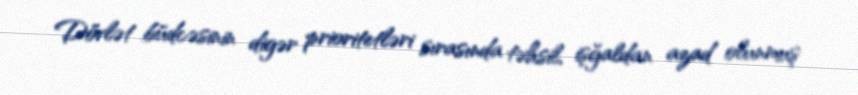
Dövlət büdcəsinin digər prioritetləri sırasında təhsil, işğaldan azad olunmuş